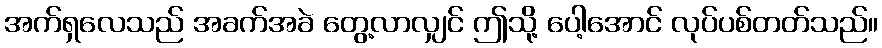
အက်ရှလေသည် အခက်အခဲ တွေ့လာလျှင် ဤသို့ ပေါ့အောင် လုပ်ပစ်တတ်သည်။